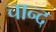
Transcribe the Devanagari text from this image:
चान्‍द